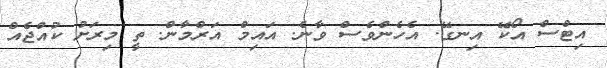
އިޓްސް އޯކޭ އިނގޭ. އެހެންވެސް ވާނެ. އައިމް އަރްމާން. ތީ މިރަށު ކުއްޖެއް